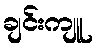
ချင်းကျူ